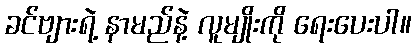
ခင်ဗျားရဲ့ နာမည်နဲ့ လူမျိုးကို ရေးပေးပါ။